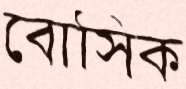
বোসিক